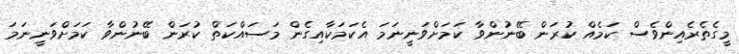
މީގެތެރެއިންވެސް ކަމެއް ކުރަން ބޭނުންވާ ކަމަށްވަނީނަމަ އެކަމަކާއިގެން މަސައްކަތް ކުރަން ބޭނުންވާ ކަމަށްވަނީނަމަ